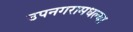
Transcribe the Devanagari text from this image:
उपनगरामधल्या